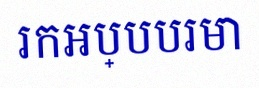
រកអប្បបរមា